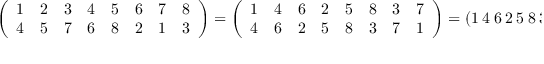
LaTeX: { \left( \begin{array} { l l l l l l l l } { 1 } & { 2 } & { 3 } & { 4 } & { 5 } & { 6 } & { 7 } & { 8 } \\ { 4 } & { 5 } & { 7 } & { 6 } & { 8 } & { 2 } & { 1 } & { 3 } \end{array} \right) } = { \left( \begin{array} { l l l l l l l l } { 1 } & { 4 } & { 6 } & { 2 } & { 5 } & { 8 } & { 3 } & { 7 } \\ { 4 } & { 6 } & { 2 } & { 5 } & { 8 } & { 3 } & { 7 } & { 1 } \end{array} \right) } = ( 1 \ 4 \ 6 \ 2 \ 5 \ 8 \ 3 \ 7 )